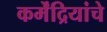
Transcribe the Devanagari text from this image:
कर्मेंद्रियांचे